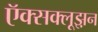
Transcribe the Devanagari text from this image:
ऍक्सक्लूझ़न